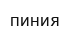
пиния